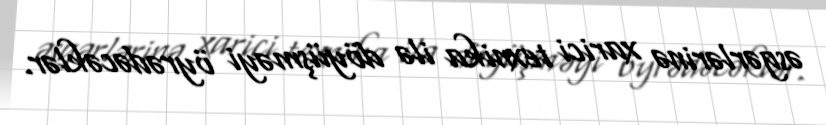
əsgərlərinə xarici texnika ilə döyüşməyi öyrədəcəklər.